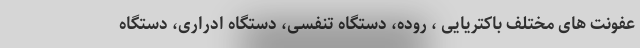
عفونت های مختلف باکتریایی ، روده، دستگاه تنفسی، دستگاه ادراری، دستگاه